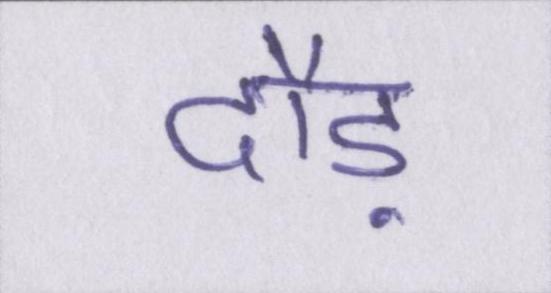
दौड़